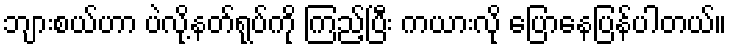
ဘျားစယ်ဟာ ပဲလို့နတ်ရုပ်ကို ကြည့်ပြီး ကယားလို ပြောနေပြန်ပါတယ်။